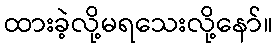
ထားခဲ့လို့မရသေးလို့နော်။